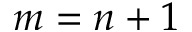
m = n + 1